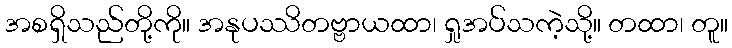
အစရှိသည်တို့ကို။ အနုပဿိတဗ္ဗာယထာ၊ ရှုအပ်သကဲ့သို့။ တထာ၊ တူ။